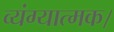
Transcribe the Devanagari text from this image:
व्यंग्यात्मक।